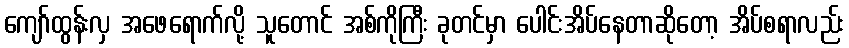
ကျော်ထွန်းလှ အဖေရောက်လို့ သူတောင် အစ်ကိုကြီး ခုတင်မှာ ပေါင်းအိပ်နေတာဆိုတော့ အိပ်စရာလည်း